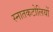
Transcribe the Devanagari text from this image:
स्नातकटोलियों